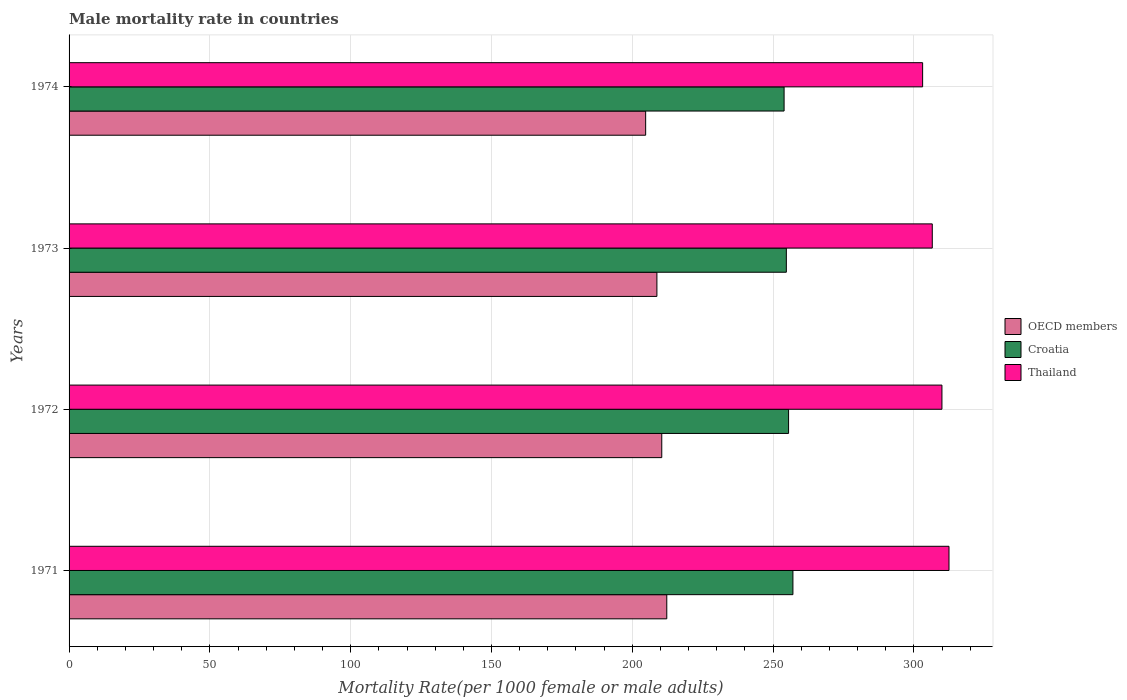
| Years | OECD members | Croatia | Thailand |
 | --- | --- | --- | --- |
 | 1971 | 212 | 257 | 312 |
 | 1972 | 210 | 255 | 310 |
 | 1973 | 209 | 255 | 307 |
 | 1974 | 205 | 254 | 303 |